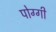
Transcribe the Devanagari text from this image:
पोग्गी